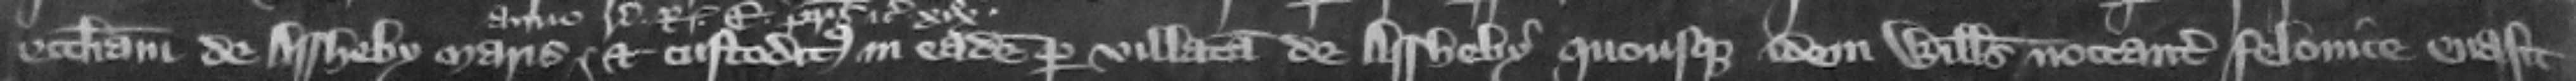
ecclesiam de Assheby Maris et custoditus in eadem per villatam de Assheby quousque idem Willelmus noctanter felonice euasit